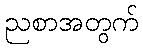
ညစာအတွက်